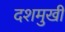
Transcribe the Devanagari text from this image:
दशमुखी